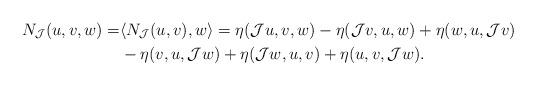
LaTeX: \begin{align*} N_{\mathcal J}(u, v,w)= &\langle N_{\mathcal J }(u, v), w\rangle =\eta ( \mathcal J u, v, w) -\eta ( \mathcal J v, u, w) +\eta (w,u, \mathcal J v)\\&- \eta (v, u, \mathcal J w) +\eta ( \mathcal J w, u, v) +\eta (u, v, \mathcal J w) .\end{align*}